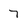
Character: 7